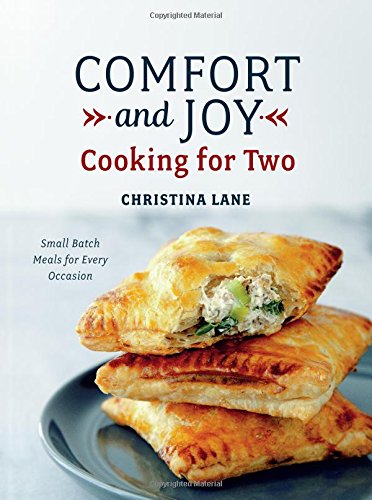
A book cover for Comfort and Joy: Cooking for Two; Christina Lane; Cookbooks, Food & Wine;